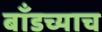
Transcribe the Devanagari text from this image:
बाँडच्याच